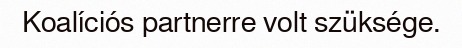
Koalíciós partnerre volt szüksége.